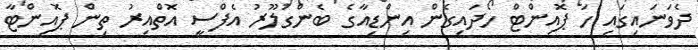
ދެވަނައިގައި ހަ ޕޮއިންޓް ހޯދައިގެން އިންޑިއާގެ ބެންގަލޫރު އެފްސީ އޮތްއިރު ތިން ޕޮއިންޓާ